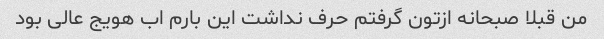
من قبلا صبحانه ازتون گرفتم حرف نداشت این بارم اب هویج عالی بود